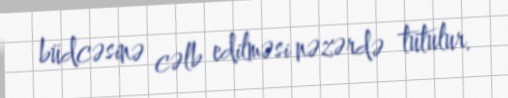
büdcəsinə cəlb edilməsi nəzərdə tutulur.